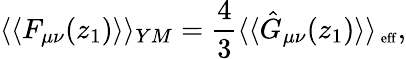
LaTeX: \langle\langle F_{\mu\nu}(z_{1})\rangle\rangle_{YM}={\frac{4}{3}}\langle\langle\hat{G}_{\mu\nu}(z_{1})\rangle\rangle_{\mathrm{\scriptsize~eff}},